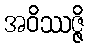
အဝိဿဇ္ဇိ